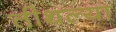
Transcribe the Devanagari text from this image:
तीथल्या